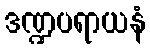
ဒဏ္ဍပရာယနံ